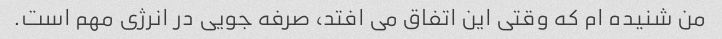
من شنیده ام که وقتی این اتفاق می افتد، صرفه جویی در انرژی مهم است.